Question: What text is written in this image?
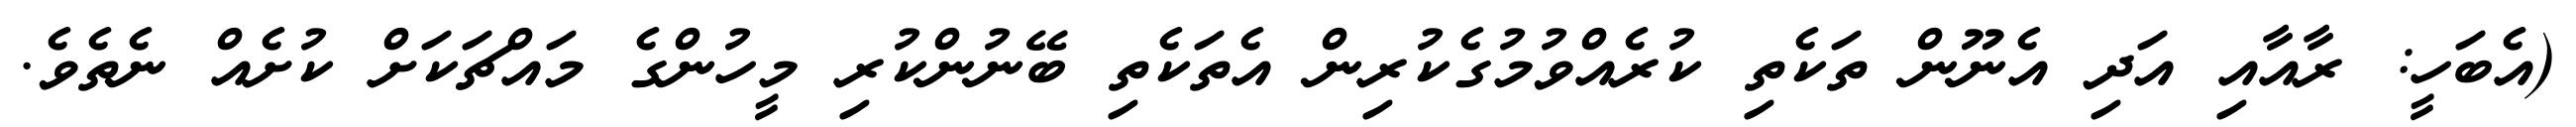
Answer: (އެބަހީ: ރާއާއި އަދި އެނޫން ތަކެތި ކުރެއްވުމުގެކުރިން އެތަކެތި ބޭނުންކުރި މީހުންގެ މައްޗަކަށް ކުށެއް ނެތެވެ.